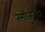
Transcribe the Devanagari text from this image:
तमीज़ुद्दीन